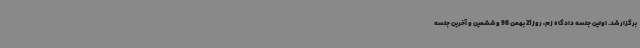
برگزار شد. اولین جلسه دادگاه زم، روز 21 بهمن 98 و ششمین و آخرین جلسه